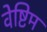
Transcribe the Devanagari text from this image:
वेष्टिम